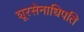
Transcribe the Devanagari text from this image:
शूरसेनाधिपति